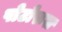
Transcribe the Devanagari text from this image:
पोटोरूस